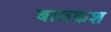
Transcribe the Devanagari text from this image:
बालकश